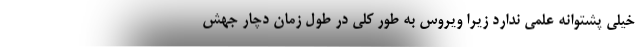
خیلی پشتوانه علمی ندارد زیرا ویروس به طور کلی در طول زمان دچار جهش